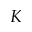
K